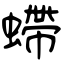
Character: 螮